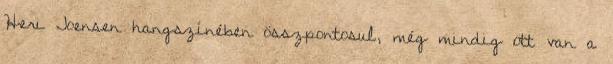
Heri Joensen hangszínében összpontosul, még mindig ott van a